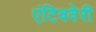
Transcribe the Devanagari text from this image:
एंटिववेरी